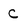
Character: C